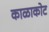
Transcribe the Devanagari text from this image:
काळाकोट